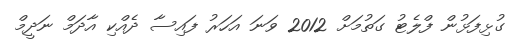
ގުޅިފަޅުން ފްލެޓު ގަތުމަށް 2012 ވަނަ އަހަރު ފައިސާ ދެއްކި އާދަމް ނަދީމް